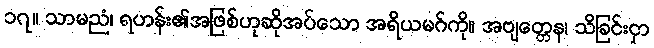
၁၇။ သာမညံ၊ ရဟန်း၏အဖြစ်ဟုဆိုအပ်သော အရိယမဂ်ကို။ အဗျတ္တေန၊ သိခြင်းငှာ